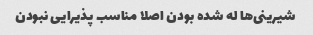
شیرینی‌ها له شده بودن اصلا مناسب پذیرایی نبودن